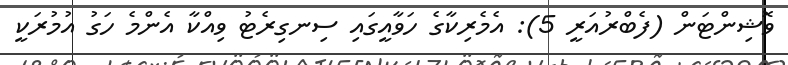
ވޮޝިންޓަން (ފެބްރުއަރީ 5): އެމެރިކާގެ ހަވާއީގައި ސިނގިރެޓު ވިއްކާ އެންމެ ހަގު އުމުރަކީ